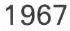
1967